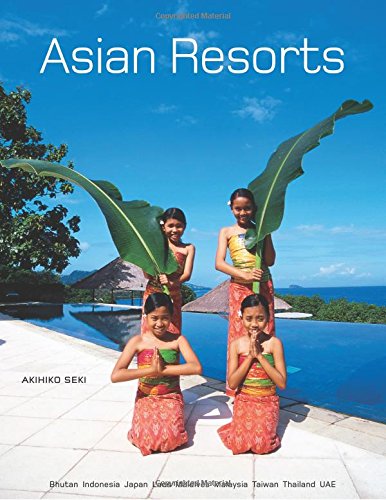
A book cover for Asian Resorts; Akihiko Seki; Travel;